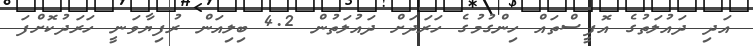
އަދި ދައުލަތުގެ އޮފީސްތައް ހިންގުމުގެ ހަރަދަށް ދައުލަތުން 4.2 ބިލިއަން ރުފިޔާވަނީ ހަރަދުކޮށްފަ